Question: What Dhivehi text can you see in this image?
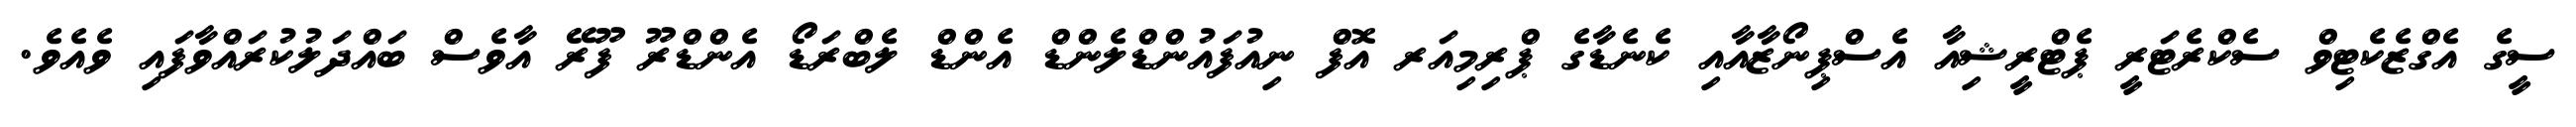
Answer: ސީގެ އެގްޒެކެޓިވް ސެކްރެޓަރީ ޕެޓްރީޝިއާ އެސްޕިނޯޒާއާއި ކެނެޑާގެ ޕްރިމިއަރ އޮފް ނިއުފައުންޑްލެންޑް އެންޑް ލެބްރަޑޯ އެންޑްރޫ ފޫރޭ އާވެސް ބައްދަލުކުރައްވާފައި ވެއެވެ.